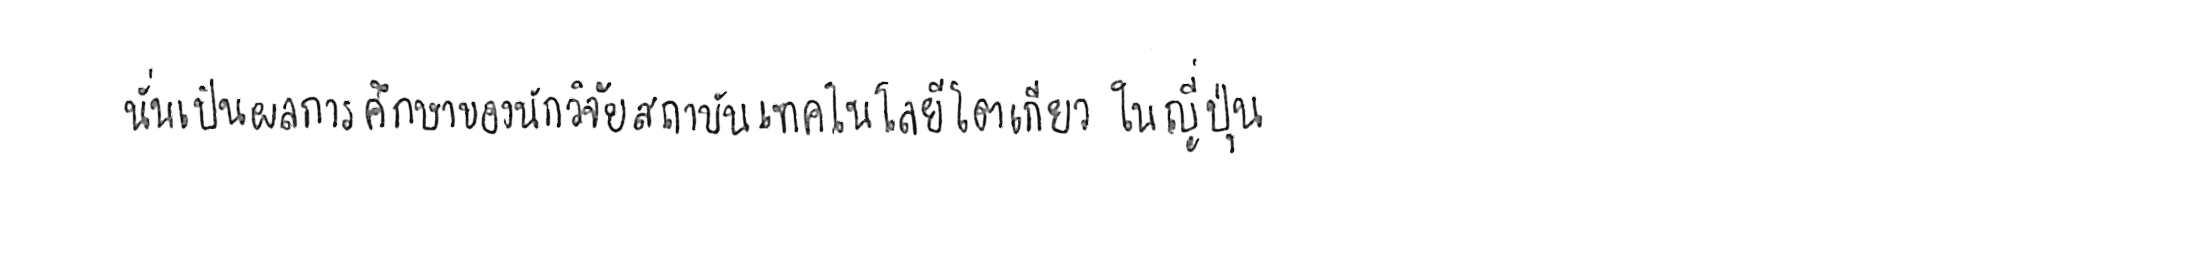
นั่นเป็นผลการศึกษาของนักวิจัยสถาบันเทคโนโลยีโตเกียว ในญี่ปุ่น